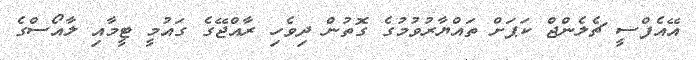
އޭއެފްސީ ޗެލެންޖް ކަޕަށް ތައްޔާރުވުމުގެ ގޮތުން ދިވެހި ރާއްޖޭގެ ގައުމީ ޓީމާއި ލާއޯސްގެ